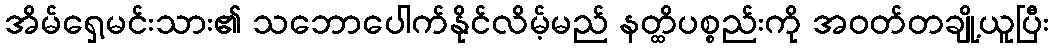
အိမ်ရှေ့မင်းသား၏ သဘောပေါက်နိုင်လိမ့်မည် နတ္ထိပစ္စည်းကို အဝတ်တချို့ယူပြီး